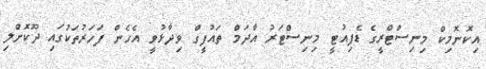
އިކޮނޮމިކް މިނިސްޓްރީގެ ޑެޕިއުޓީ މިނިސްޓަރު އާދަމް ތައުފީގް ވިދާޅުވީ އެހެން ފަހަރުތަކުގައި ދޫކޮށްލި